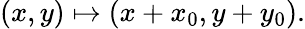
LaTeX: (x,y)\mapsto(x+x_{0},y+y_{0}).